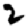
Digit: 2